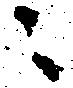
之